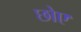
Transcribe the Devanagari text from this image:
छोए